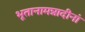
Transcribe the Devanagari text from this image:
भूतानामन्नादीनां